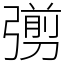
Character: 彅